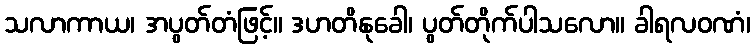
သလာကာယ၊ အပွတ်တံဖြင့်။ ဒဟတိနုခေါ၊ ပွတ်တိုက်ပါသလော။ ခါရလဝဏံ၊